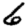
Digit: 6